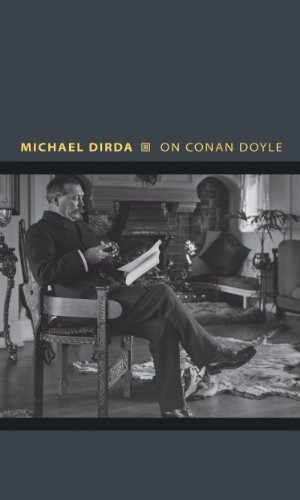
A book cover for On Conan Doyle: Or, The Whole Art of Storytelling (Writers on Writers); Michael Dirda; Mystery, Thriller & Suspense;